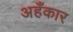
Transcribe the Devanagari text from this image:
अहँकार